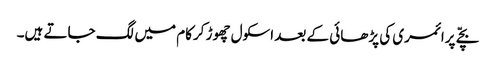
بچّے پرائمری کی پڑھائی کے بعد اسکول چھوڑ کرکام میں لگ جاتے ہیں۔